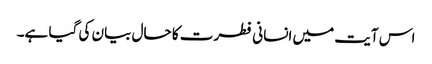
اس آیت میں انسانی فطرت کا حال بیان کی گیا ہے۔